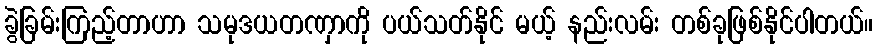
ခွဲခြမ်းကြည့်တာဟာ သမုဒယတဏှာကို ပယ်သတ်နိုင် မယ့် နည်းလမ်း တစ်ခုဖြစ်နိုင်ပါတယ်။